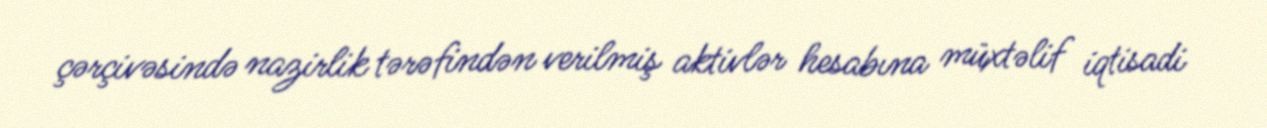
çərçivəsində nazirlik tərəfindən verilmiş aktivlər hesabına müxtəlif iqtisadi